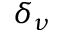
\delta _ { \nu }